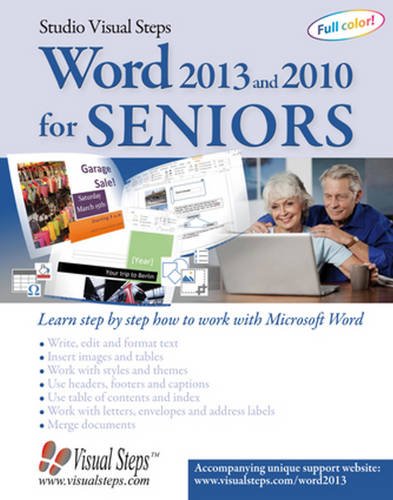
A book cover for Word 2013 and 2010 for Seniors: Learn Step by Step How to Work with Microsoft Word (Computer Books for Seniors series); Studio Visual Steps; Computers & Technology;